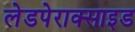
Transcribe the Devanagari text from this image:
लेडपेराक्साइड